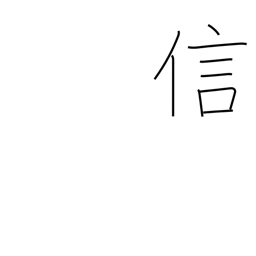
Meaning: fidelity